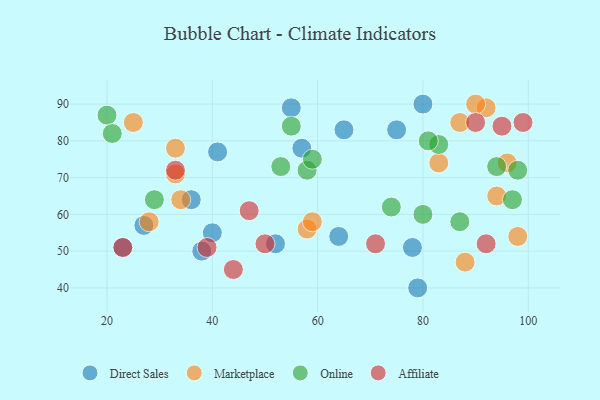
{"axis": {"x": "GDP", "y": "Life Expectancy"}, "legend": ["Affiliate", "Direct Sales", "Marketplace", "Online"], "data": [{"x": "80", "y": 90, "type": "Direct Sales"}, {"x": "23", "y": 51, "type": "Direct Sales"}, {"x": "65", "y": 83, "type": "Direct Sales"}, {"x": "75", "y": 83, "type": "Direct Sales"}, {"x": "40", "y": 55, "type": "Direct Sales"}, {"x": "57", "y": 78, "type": "Direct Sales"}, {"x": "78", "y": 51, "type": "Direct Sales"}, {"x": "38", "y": 50, "type": "Direct Sales"}, {"x": "55", "y": 89, "type": "Direct Sales"}, {"x": "41", "y": 77, "type": "Direct Sales"}, {"x": "79", "y": 40, "type": "Direct Sales"}, {"x": "27", "y": 57, "type": "Direct Sales"}, {"x": "64", "y": 54, "type": "Direct Sales"}, {"x": "52", "y": 52, "type": "Direct Sales"}, {"x": "36", "y": 64, "type": "Direct Sales"}, {"x": "92", "y": 89, "type": "Marketplace"}, {"x": "58", "y": 56, "type": "Marketplace"}, {"x": "98", "y": 54, "type": "Marketplace"}, {"x": "33", "y": 78, "type": "Marketplace"}, {"x": "90", "y": 90, "type": "Marketplace"}, {"x": "83", "y": 74, "type": "Marketplace"}, {"x": "25", "y": 85, "type": "Marketplace"}, {"x": "28", "y": 58, "type": "Marketplace"}, {"x": "96", "y": 74, "type": "Marketplace"}, {"x": "87", "y": 85, "type": "Marketplace"}, {"x": "59", "y": 58, "type": "Marketplace"}, {"x": "94", "y": 65, "type": "Marketplace"}, {"x": "34", "y": 64, "type": "Marketplace"}, {"x": "88", "y": 47, "type": "Marketplace"}, {"x": "33", "y": 71, "type": "Marketplace"}, {"x": "55", "y": 84, "type": "Online"}, {"x": "87", "y": 58, "type": "Online"}, {"x": "98", "y": 72, "type": "Online"}, {"x": "29", "y": 64, "type": "Online"}, {"x": "53", "y": 73, "type": "Online"}, {"x": "20", "y": 87, "type": "Online"}, {"x": "80", "y": 60, "type": "Online"}, {"x": "58", "y": 72, "type": "Online"}, {"x": "74", "y": 62, "type": "Online"}, {"x": "59", "y": 75, "type": "Online"}, {"x": "94", "y": 73, "type": "Online"}, {"x": "97", "y": 64, "type": "Online"}, {"x": "21", "y": 82, "type": "Online"}, {"x": "83", "y": 79, "type": "Online"}, {"x": "81", "y": 80, "type": "Online"}, {"x": "39", "y": 51, "type": "Affiliate"}, {"x": "92", "y": 52, "type": "Affiliate"}, {"x": "90", "y": 85, "type": "Affiliate"}, {"x": "23", "y": 51, "type": "Affiliate"}, {"x": "33", "y": 72, "type": "Affiliate"}, {"x": "95", "y": 84, "type": "Affiliate"}, {"x": "44", "y": 45, "type": "Affiliate"}, {"x": "99", "y": 85, "type": "Affiliate"}, {"x": "71", "y": 52, "type": "Affiliate"}, {"x": "50", "y": 52, "type": "Affiliate"}, {"x": "47", "y": 61, "type": "Affiliate"}]}